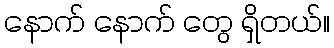
နောက် နောက် တွေ ရှိတယ်။